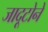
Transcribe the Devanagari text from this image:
जादूटोने